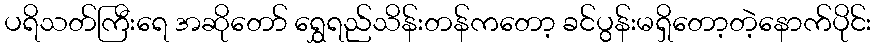
ပရိသတ်ကြီးရေ အဆိုတော် ရွှေရည်သိန်းတန်ကတော့ ခင်ပွန်းမရှိတော့တဲ့နောက်ပိုင်း